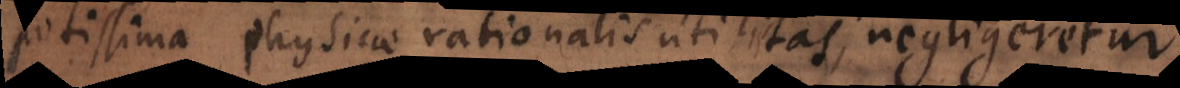
potissima Physicae rationalis utilitas, negligeretur.